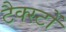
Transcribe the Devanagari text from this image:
टैक्स्टों